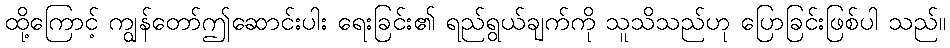
ထို့ကြောင့် ကျွန်တော်ဤဆောင်းပါး ရေးခြင်း၏ ရည်ရွယ်ချက်ကို သူသိသည်ဟု ပြောခြင်းဖြစ်ပါ သည်။